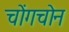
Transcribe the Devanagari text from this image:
चोंगचोन